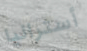
أستراليا